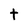
Character: t